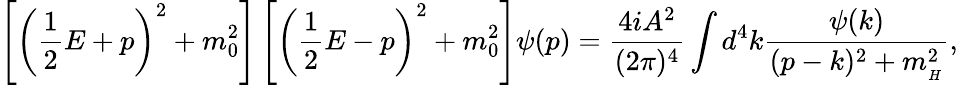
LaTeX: \left[\left(\frac{1}{2}E+p\right)^{2}+m_{0}^{2}\right]\left[\left(\frac{1}{2}E-p\right)^{2}+m_{0}^{2}\right]\psi(p)=\frac{4iA^{2}}{(2\pi)^{4}}\int d^{4}k\frac{\psi(k)}{(p-k)^{2}+m_{_H}^{2}},